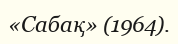
«Сабақ» (1964).